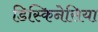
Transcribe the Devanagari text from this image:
डिस्किनेसिया